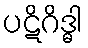
ပဋိဂိဒ္ဓါ